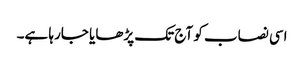
اسی نصاب کو آج تک پڑھایا جارہا ہے۔